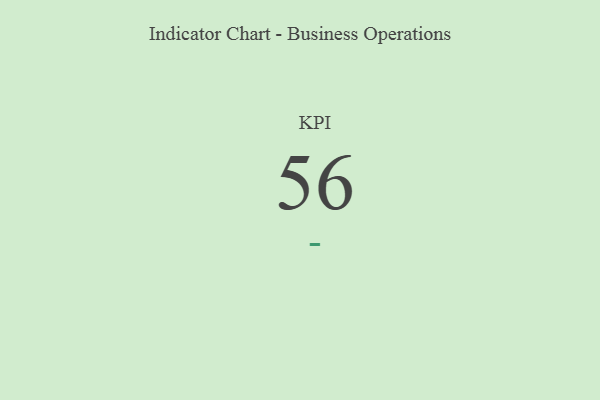
{"axis": {"x": "KPI", "y": "Value"}, "legend": [""], "data": [{"x": "KPI", "y": 56, "type": ""}]}